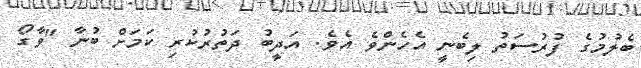
ބެލުމުގެ ފުރުސަތު ލިބެނީ އެހެންވެ އެވެ. އަދީބު ދަތުރުކުރި ކަމަށް ބުނާ "ވާގޯ